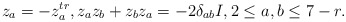
\begin{align*}z_a=-z_a^{tr},z_az_b+z_bz_a=-2\delta_{ab}I,2\leq a,b\leq 7-r.\end{align*}